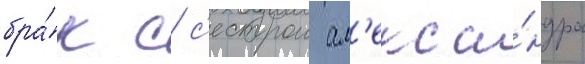
бра́к с с'естрои ал'екса́ндра